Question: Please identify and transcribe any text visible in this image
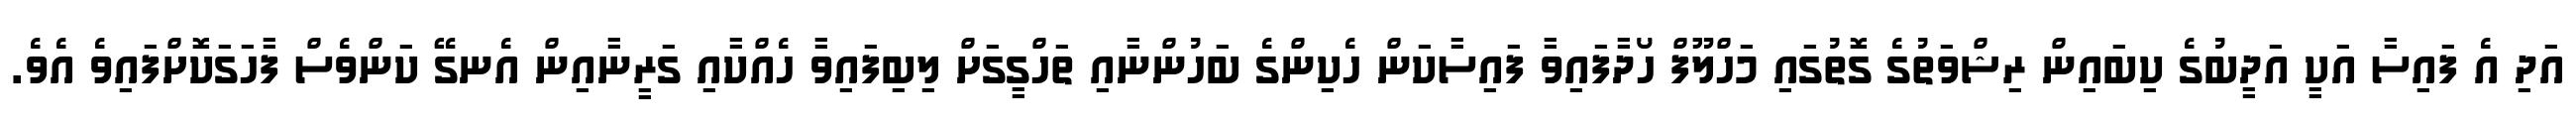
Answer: އަދި އެ ފައިސާ އަކީ އަދީބުގެ ކިބައިން ރިޝްވަތުގެ ގޮތުގައި މަހްލޫފް ހޯދާފައިވާ ފައިސާކަން ހެކިންގެ ބަހުންނާއި ތަހްގީގަށް ލިބިފައިވާ ހެއްކާއި ގަރީނާއިން އެނގޭ ކަންވެސް ފާހަގަކޮށްފައިވެ އެވެ.